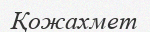
Қожахмет